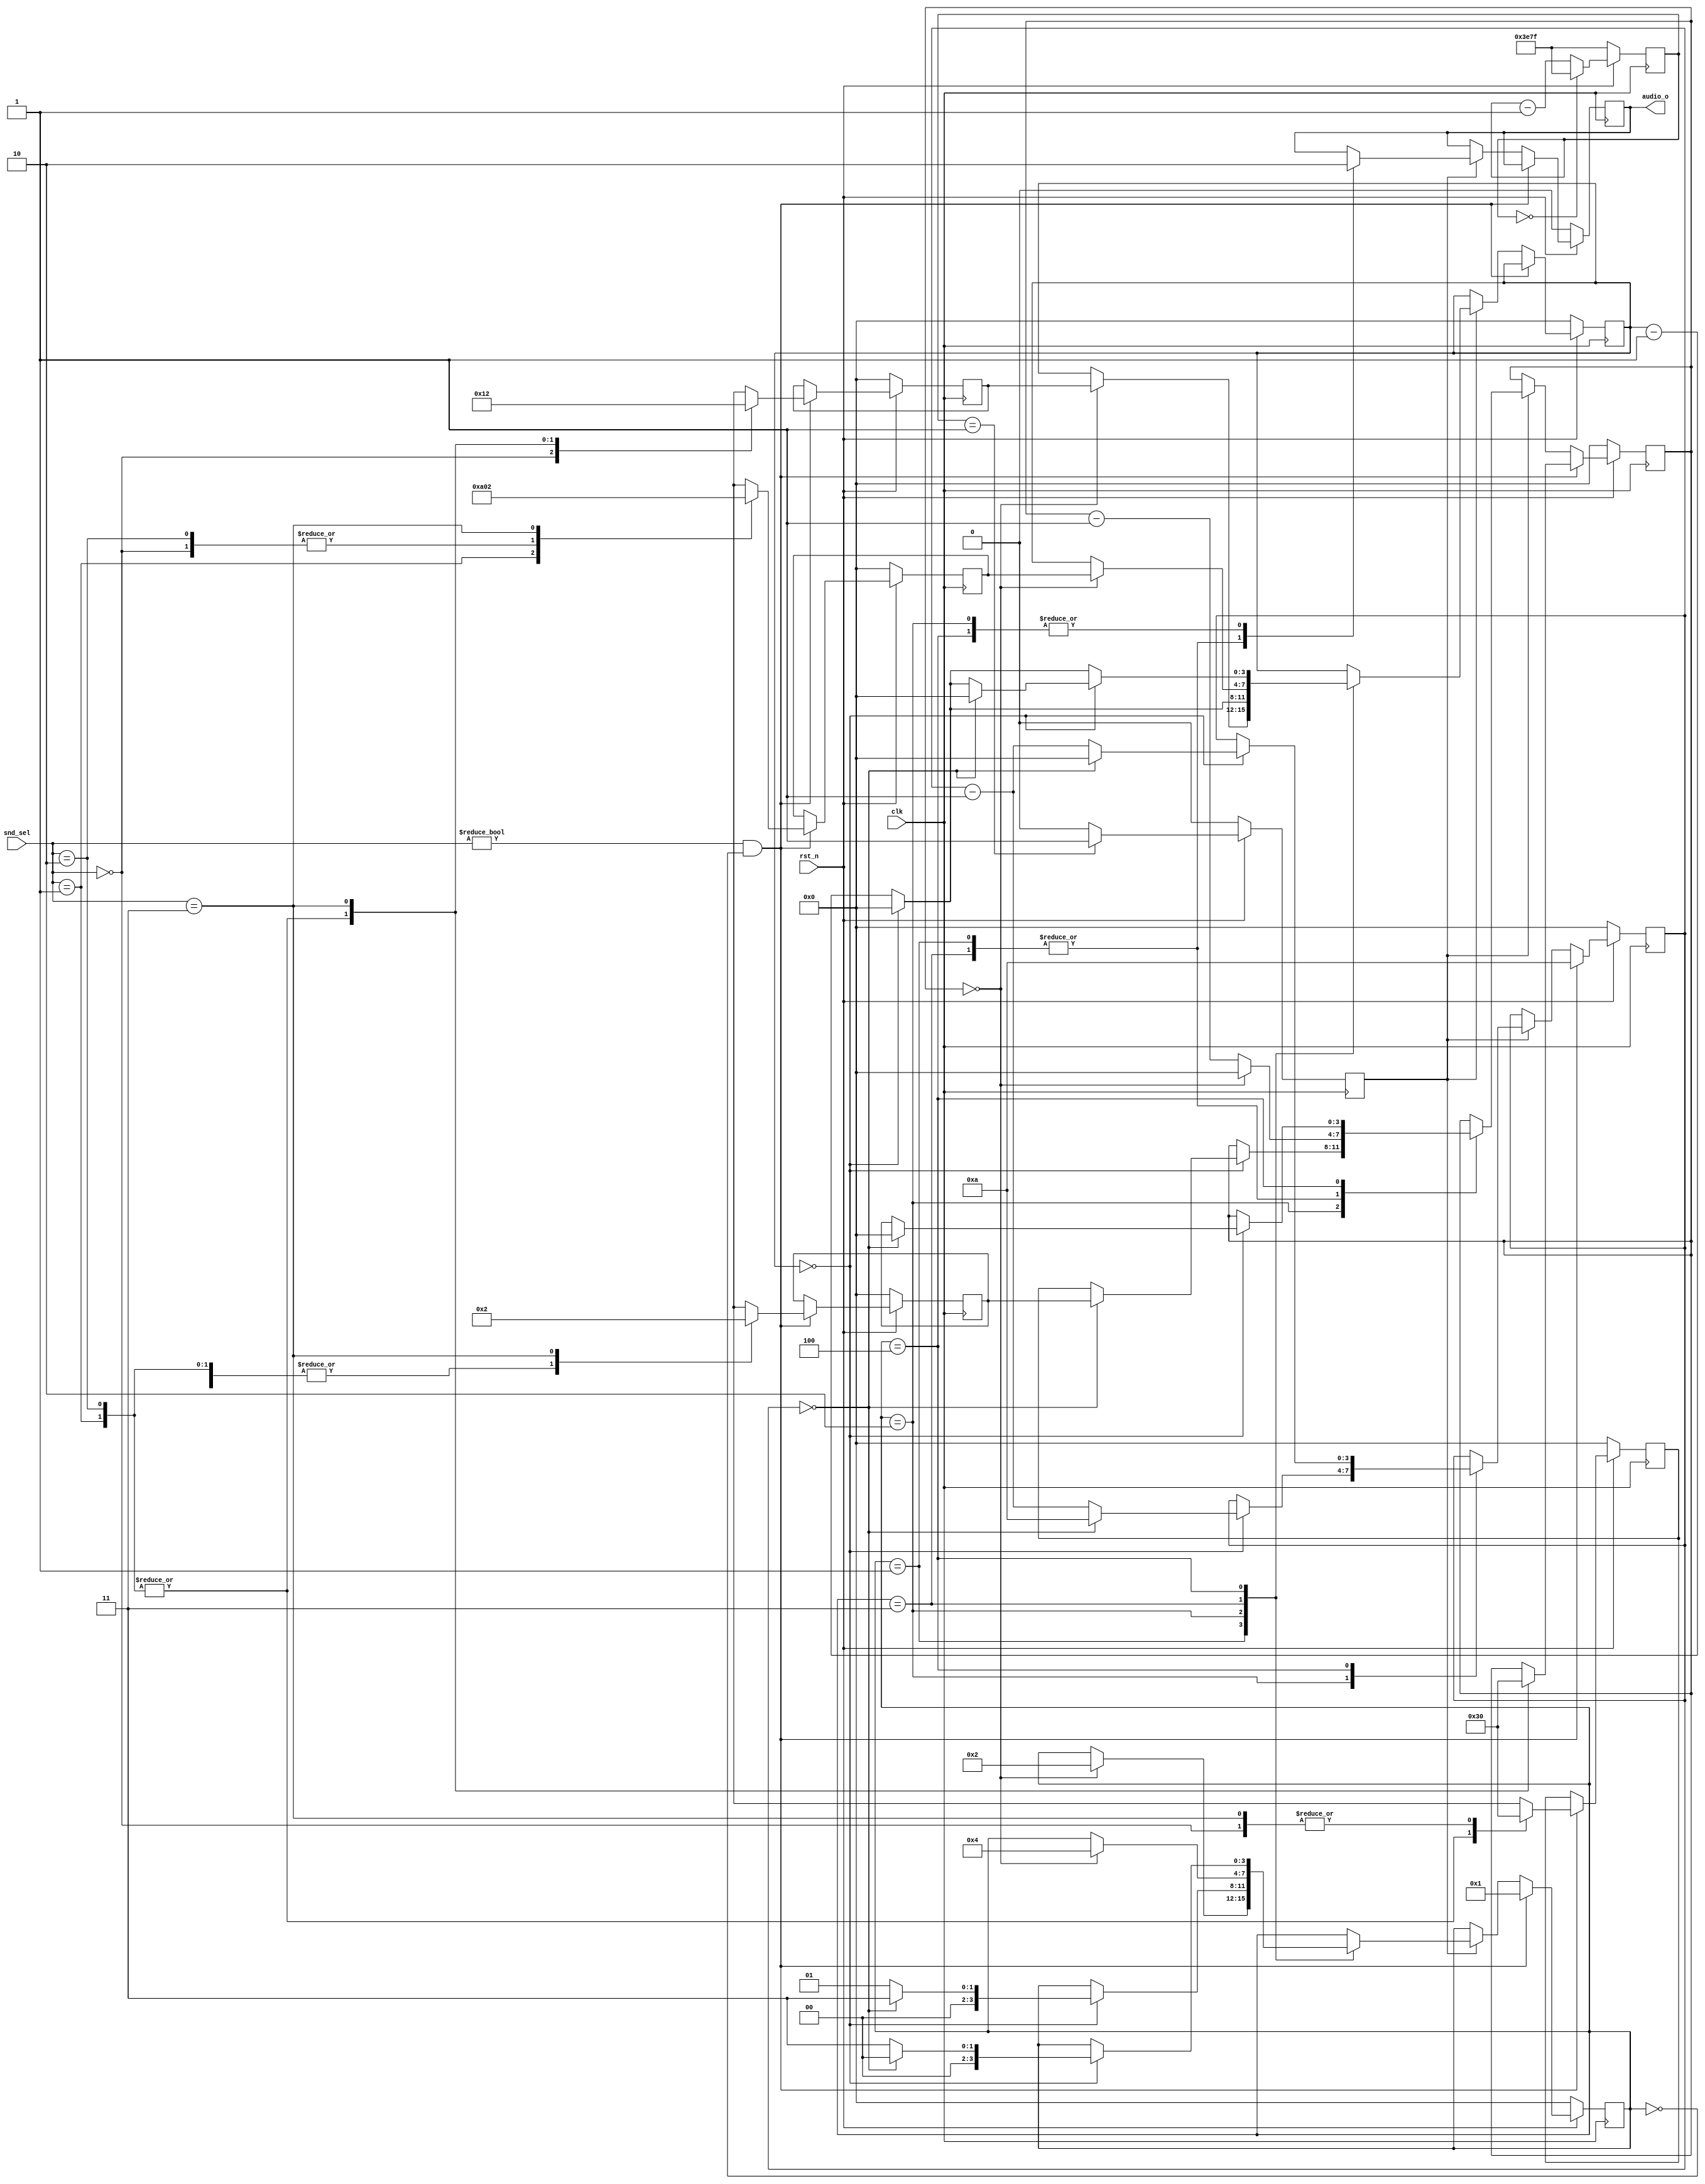
module audio_driver( clk,
                     rst_n,
                     snd_sel,
                     audio_o
                   );

input clk;
input rst_n;
input wire[1:0] snd_sel;

output reg audio_o;

reg  [14:0] timer_1ms;
reg         msec;
reg  [3:0]  cycle_cnt;
reg  [3:0]  t1,t2,t3,t4;
reg  [3:0]  on_time,off_time;

always @(posedge clk) begin
   if(!rst_n) begin
      timer_1ms <= 15999;
   end else begin
      timer_1ms <= (timer_1ms==0) ? 15999 : timer_1ms -1;
   end
end


always @(posedge clk) begin
  if(!rst_n) begin
      msec <= 0;
  end else begin
      msec <= (timer_1ms==1) ? 1'b1 : 1'b0;
  end
end

reg[1:0] snd;
reg[3:0] state;

always @(posedge clk) begin
  if(!rst_n) begin
     snd     <= 0;
     t1      <= 0;
     t2      <= 0;
     t3      <= 0;
     t4      <= 0;
     audio_o <= 0;
     cycle_cnt <= 0;
     on_time   <= 0;
     off_time  <= 0;
     state <= 0;
  end else begin
     if( snd_sel!=0 && state ==0) begin
        cycle_cnt <= 10;
        state <= 1;
        case(snd_sel)
           0: begin  //Nothing
                 t1 <= 0; t2 <= 0;
                 t3 <= 0; t4 <= 0;
              end
           1: begin //Player missed
                 on_time <= 3;
                 //t1 <= 4; t2 <= 2;
                 //t3 <= 1; t4 <= 11;
                 t1 <= 3; t2 <= 1;
                 t3 <= 0; t4 <= 10;
              end
           2: begin //Ball Bounce
                 on_time <= 3;
                 t1 <= 3; t2 <= 1;
                 t3 <= 0; t4 <= 0;
              end
           3: begin //Ball Hit
                 on_time <= 0;
                 t1 <= 0; t2 <= 2;
                 t3 <= 2; t4 <= 2;
              end
        endcase
     end else begin
  
        if(msec==1) begin 
           case( state )
               1: begin
                     audio_o <= 1'b1;
                     on_time <=  (on_time==0) ? 0 : on_time-1;
                     if (on_time==0) begin
                        state <=2;
                        off_time <= t2;
                     end
                  end
               2: begin
                     audio_o <= 1'b0;
                     off_time <= ( off_time==0) ? 0 : off_time-1;
                     if (off_time==0) begin
                        cycle_cnt <= ( cycle_cnt==0) ? 0 : cycle_cnt-1;
                        if(cycle_cnt ==0) begin 
                           state <=3;
                           on_time <= t3;
                           cycle_cnt <= 10;
                        end else begin
                           state <=1;
                           on_time <= t1;
                        end
                     end
                  end
              3: begin
                     audio_o <= 1'b1;
                     on_time <= ( on_time==0) ? 0 : on_time-1;
                     if (on_time==0) begin
                        state <=4;
                        off_time <= t4;
                     end
                  end
               4: begin
                     audio_o <= 1'b0;
                     off_time <= ( off_time==0) ? 0 : off_time-1;
                     if (off_time==0) begin
                        cycle_cnt <= ( cycle_cnt==0) ? 0 : cycle_cnt-1;
                        if(cycle_cnt ==0) begin
                           state <=0;
                           on_time <= 0;
                           off_time <= 0;
                        end else begin
                           state <=3;
                           on_time <= t3;
                        end
                     end
                  end
           endcase 
        end //if(msec==1)
     end//if(snd_sel!=0)
  end //if(!rst_n)
end

endmodule